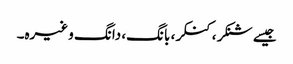
جیسے شنکر، کنکر، بانگ، دانگ وغیرہ۔